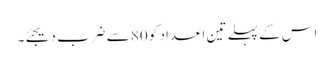
اس کے پہلے تین اعداد کو 80 سے ضرب دیجئے۔